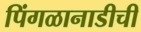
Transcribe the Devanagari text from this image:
पिंगळानाडीची